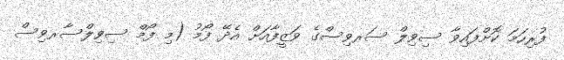
ފުރިހަމަ ކޮށްފައިވާ ސިވިލް ސަރވިސްގެ ވަޒީފާއަށް އެދޭ ފޯމު (މި ފޯމް ސިވިލްސާރވިސް